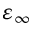
\varepsilon _ { \infty }